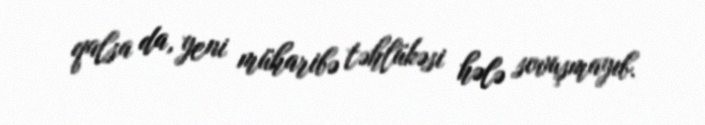
qalsa da, yeni müharibə təhlükəsi hələ sovuşmayıb.